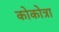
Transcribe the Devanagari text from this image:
कोकोत्रा